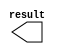
// megafunction wizard: %LPM_CONSTANT%VBB%
// GENERATION: STANDARD
// VERSION: WM1.0
// MODULE: LPM_CONSTANT 

// ============================================================
// Megafunction Name(s):
// 			LPM_CONSTANT
//
// Simulation Library Files(s):
// 			lpm
// ============================================================
// ************************************************************
// THIS IS A WIZARD-GENERATED FILE. DO NOT EDIT THIS FILE!
//
// 18.1.0 Build 625 09/12/2018 SJ Lite Edition
// ************************************************************

//Copyright (C) 2018  Intel Corporation. All rights reserved.
//Your use of Intel Corporation's design tools, logic functions 
//and other software and tools, and its AMPP partner logic 
//functions, and any output files from any of the foregoing 
//(including device programming or simulation files), and any 
//associated documentation or information are expressly subject 
//to the terms and conditions of the Intel Program License 
//Subscription Agreement, the Intel Quartus Prime License Agreement,
//the Intel FPGA IP License Agreement, or other applicable license
//agreement, including, without limitation, that your use is for
//the sole purpose of programming logic devices manufactured by
//Intel and sold by Intel or its authorized distributors.  Please
//refer to the applicable agreement for further details.

module DutyCycle (
	result);

	output	[19:0]  result;

endmodule

// ============================================================
// CNX file retrieval info
// ============================================================
// Retrieval info: PRIVATE: INTENDED_DEVICE_FAMILY STRING "Cyclone V"
// Retrieval info: PRIVATE: JTAG_ENABLED NUMERIC "0"
// Retrieval info: PRIVATE: JTAG_ID STRING "NONE"
// Retrieval info: PRIVATE: Radix NUMERIC "10"
// Retrieval info: PRIVATE: SYNTH_WRAPPER_GEN_POSTFIX STRING "0"
// Retrieval info: PRIVATE: Value NUMERIC "120000"
// Retrieval info: PRIVATE: nBit NUMERIC "20"
// Retrieval info: PRIVATE: new_diagram STRING "1"
// Retrieval info: LIBRARY: lpm lpm.lpm_components.all
// Retrieval info: CONSTANT: LPM_CVALUE NUMERIC "120000"
// Retrieval info: CONSTANT: LPM_HINT STRING "ENABLE_RUNTIME_MOD=NO"
// Retrieval info: CONSTANT: LPM_TYPE STRING "LPM_CONSTANT"
// Retrieval info: CONSTANT: LPM_WIDTH NUMERIC "20"
// Retrieval info: USED_PORT: result 0 0 20 0 OUTPUT NODEFVAL "result[19..0]"
// Retrieval info: CONNECT: result 0 0 20 0 @result 0 0 20 0
// Retrieval info: GEN_FILE: TYPE_NORMAL DutyCycle.v TRUE
// Retrieval info: GEN_FILE: TYPE_NORMAL DutyCycle.inc TRUE
// Retrieval info: GEN_FILE: TYPE_NORMAL DutyCycle.cmp TRUE
// Retrieval info: GEN_FILE: TYPE_NORMAL DutyCycle.bsf TRUE
// Retrieval info: GEN_FILE: TYPE_NORMAL DutyCycle_inst.v TRUE
// Retrieval info: GEN_FILE: TYPE_NORMAL DutyCycle_bb.v TRUE
// Retrieval info: LIB_FILE: lpm